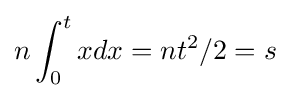
n\int _{0}^{t}xdx=nt^{2}/2=s